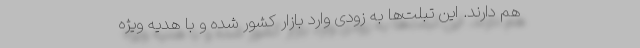
هم دارند. این تبلت‌ها به زودی وارد بازار کشور شده و با هدیه ویژه